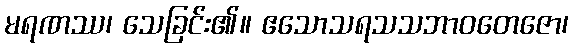
မရဏဿ၊ သေခြင်း၏။ ဧသောသရသသဘာဝတေဇော၊